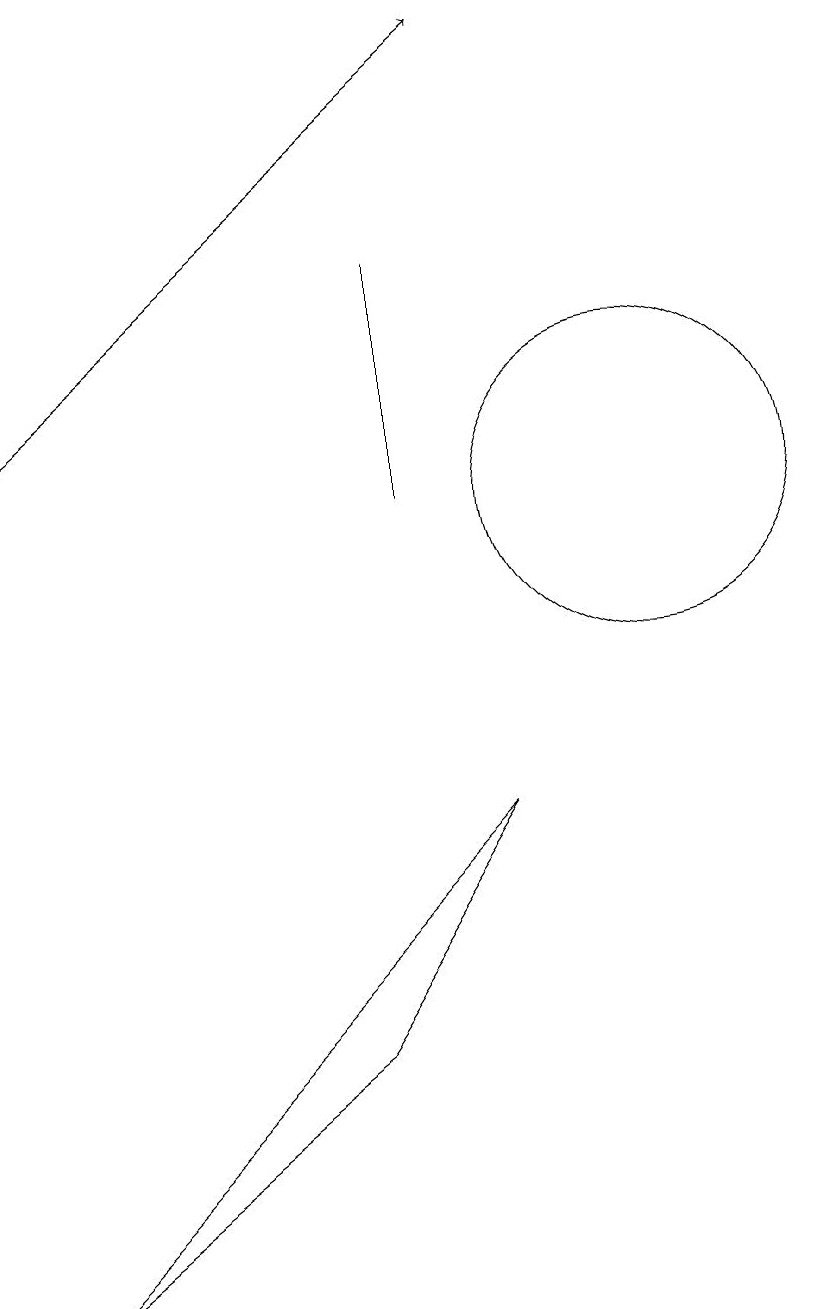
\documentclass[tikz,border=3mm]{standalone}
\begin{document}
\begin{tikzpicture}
\draw (7,15) rectangle (7,12);
\draw (6,5) -- (2,2) -- (8,8) -- cycle;
\draw (10,12) circle (2);
\draw[->] (2,13) -- (8,18);
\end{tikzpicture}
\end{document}